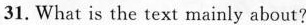
31. What is the text mainly about?